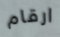
ارقام